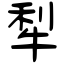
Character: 犁